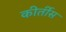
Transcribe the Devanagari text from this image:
कीर्तीस